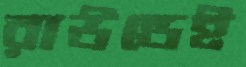
রাউন্ডেই